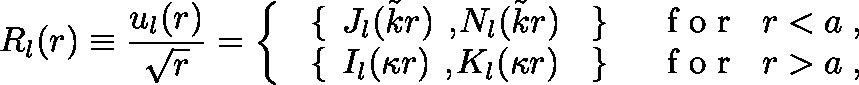
R _ { l } ( r ) \equiv \frac { u _ { l } ( r ) } { \sqrt { r } } = \left\{ \begin{array} { l r } { { \mathrm { \boldmath \large ~ \left\{ ~ \right. ~ } \! \! \! J _ { l } ( \tilde { k } r ) \mathrm { \boldmath \large ~ , ~ } \! \! N _ { l } ( \tilde { k } r ) \mathrm { \boldmath \large ~ \left. ~ \right\} ~ } \! \! \; } } & { { \textrm { f o r } \; \; r < a \; , } } \\ { { \mathrm { \boldmath \large ~ \left\{ ~ \right. ~ } \! \! \! I _ { l } ( \kappa r ) \mathrm { \boldmath \large ~ , ~ } \! \! K _ { l } ( \kappa r ) \mathrm { \boldmath \large ~ \left. ~ \right\} ~ } \! \! \; } } & { { \textrm { f o r } \; \; r > a \; , } } \end{array} \right. \; \;